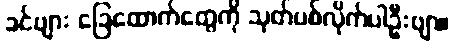
ခင်ဗျား ခြေထောက်တွေကို သုတ်ပစ်လိုက်ပါဦးဗျာ။